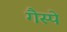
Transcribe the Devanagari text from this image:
गैस्पे